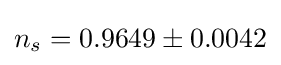
n_{s}=0.9649\pm 0.0042